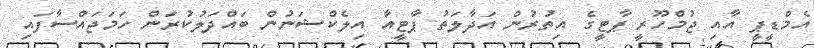
އެމްޑީޕީ އާއި ޖުމްހޫރީ ޕާޓީގެ އިތުރުން އަދާލަތު ޕާޓީއާ އިލެކްޝަނުން ބައްދަލުކުރަން ހަމަޖައްސާފައި